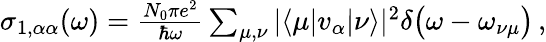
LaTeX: \begin{array}{r}{\sigma_{1,\alpha\alpha}(\omega)=\frac{N_{0}\pi e^{2}}{\hbar\omega}\sum_{\mu,\nu}\vert\langle\mu\vert v_{\alpha}\vert\nu\rangle\vert^{2}\delta\big(\omega-\omega_{\nu\mu}\big)\, ,}\end{array}